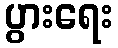
ပွားရေး